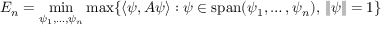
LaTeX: E _ { n } = \operatorname* { m i n } _ { \psi _ { 1 } , \ldots , \psi _ { n } } \operatorname* { m a x } \{ \langle \psi , A \psi \rangle : \psi \in \operatorname { s p a n } ( \psi _ { 1 } , \ldots , \psi _ { n } ) , \, \| \psi \| = 1 \}